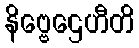
နိဗ္ဗေဌေဟီတိ